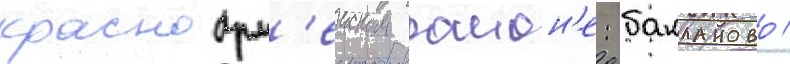
красноарм'еиском раион'е: бакланово /